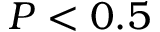
P < 0 . 5